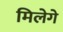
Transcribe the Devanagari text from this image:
मिलेगे